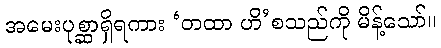
အမေးပုစ္ဆာရှိရကား ‘တထာ ဟိ’စသည်ကို မိန့်သော်။